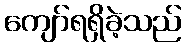
ကျော်ရရှိခဲ့သည်